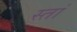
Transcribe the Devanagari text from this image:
स्तां